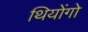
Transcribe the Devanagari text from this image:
थियोंगो